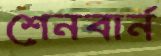
শেনবার্ন